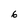
Character: 6